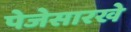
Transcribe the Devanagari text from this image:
पेजेसारखे